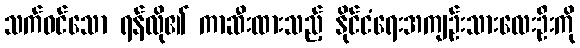
သက်ဝင်သော ရန်လို၏ ကာဆီးထားသည့် နိုင်ငံရေးအကျဉ်းသားလေးဦးကို